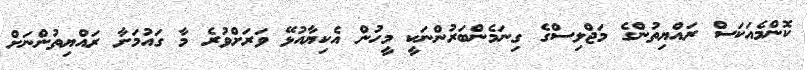
ކޮންމެއަކަސް ރައްޔިތުންގެ މަޖްލިސްގެ ގިނަމެންބަރުންނަކީ މީހުން އެކިޔާއުޅޭ ވަރަށްވުރެ މާ ގައުމަށާ ރައްޔިތުންނަށް